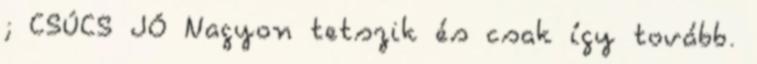
; CSÚCS JÓ Nagyon tetszik és csak így tovább.